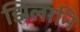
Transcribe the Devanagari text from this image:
झिलानि